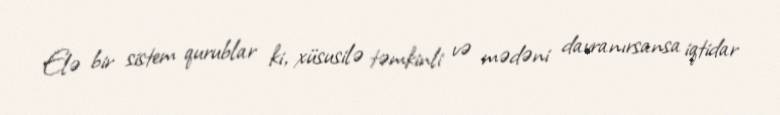
Elə bir sistem qurublar ki, xüsusilə təmkinli və mədəni davranırsansa iqtidar